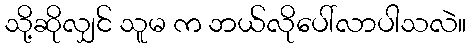
သို့ဆိုလျှင် သူမ က ဘယ်လိုပေါ်လာပါသလဲ။